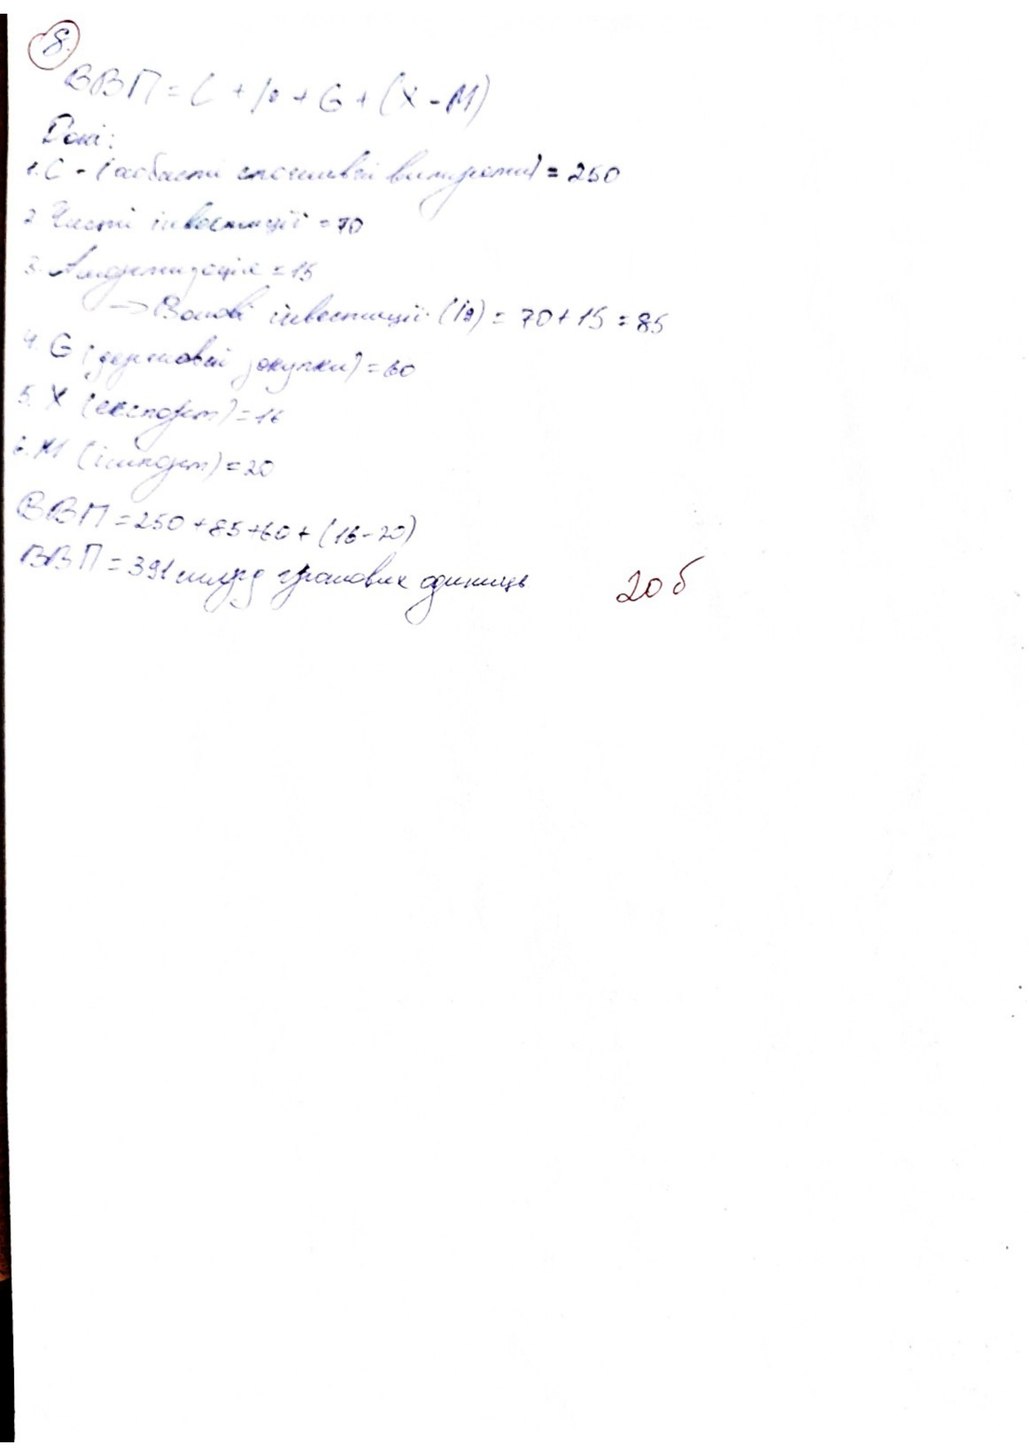
ВВП = C + I + G + (X - M)
Dear,
1. C - (особисті споживчі витрати) = 250
2. Чисті інвестиції = 70
3. Амортизація=15
-> Валові інвестиції (Ig) = 70 + 15 = 85
4. G (державні закупки) = 60
5 X (експорт) = 16
6. M (імпорт) = 20
BBM = 250 + 85 + 60 + (16 - 20)
ВВП = 391 млрд грошових одиниць
20 б